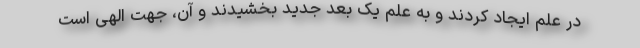
در علم ایجاد کردند و به علم یک بُعد جدید بخشیدند و آن، جهت الهی است